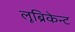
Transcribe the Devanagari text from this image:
लूब्रिकेन्ट